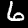
Digit: 6